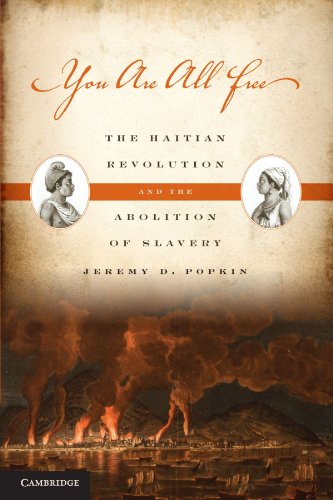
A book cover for You Are All Free: The Haitian Revolution and the Abolition of Slavery; Jeremy D. Popkin; History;